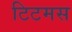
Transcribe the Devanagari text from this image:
टिटमस